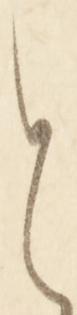
と